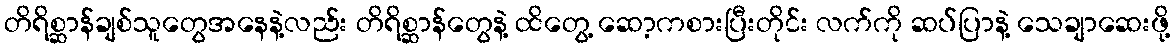
တိရိစ္ဆာန်ချစ်သူတွေအနေနဲ့လည်း တိရိစ္ဆာန်တွေနဲ့ ထိတွေ့ ဆော့ကစားပြီးတိုင်း လက်ကို ဆပ်ပြာနဲ့ သေချာဆေးဖို့